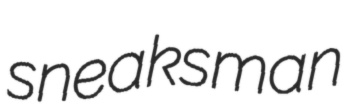
sneaksman